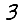
Digit: 3